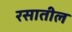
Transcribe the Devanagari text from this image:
रसातील